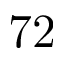
7 2